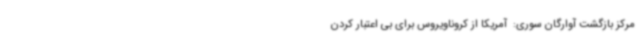
مرکز بازگشت آوارگان سوری:  آمریکا از کروناویروس برای بی اعتبار کردن